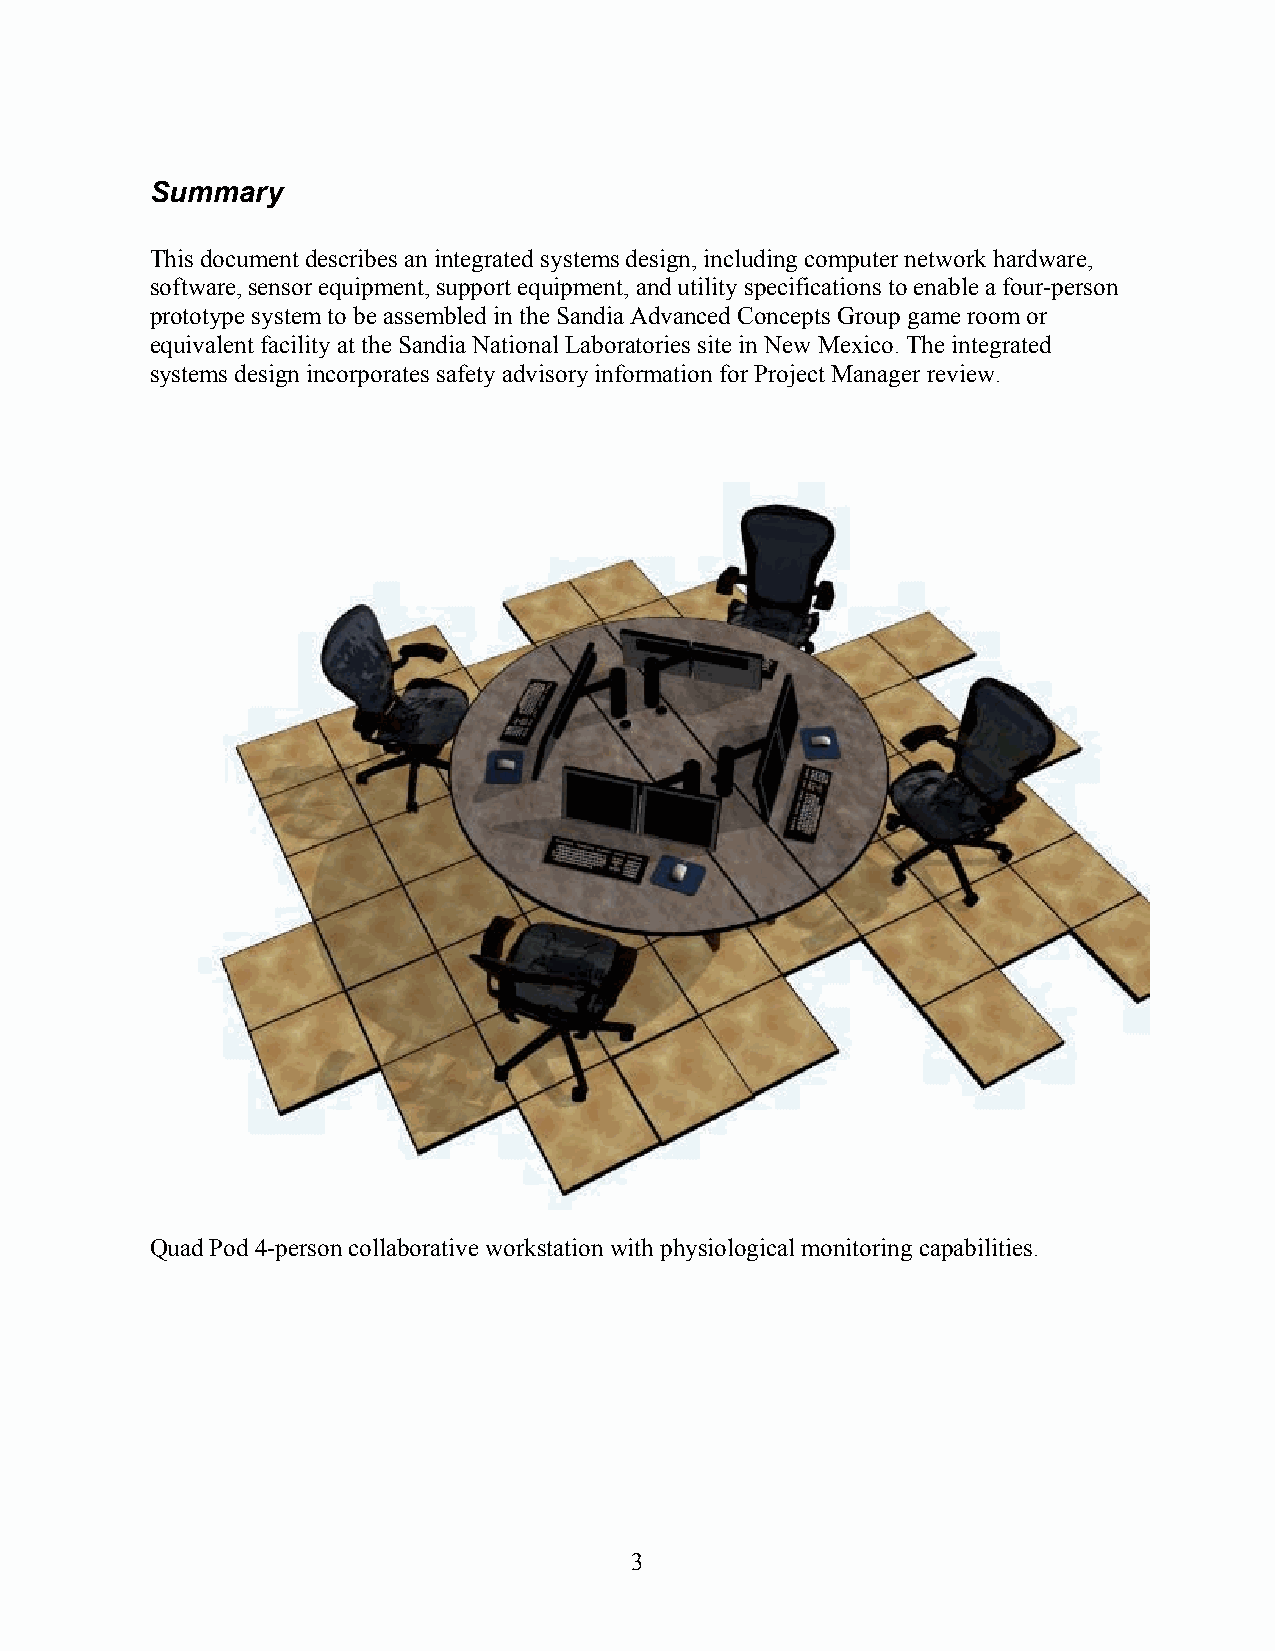
Summary
 This document describes an integrated systems design, including computer network hardware,
 software, sensor equipment, support equipment, and utility specifications to enable a four-person
 prototype system to be assembled in the Sandia Advanced Concepts Group game room or
 equivalent facility at the Sandia National Laboratories site in New Mexico. The integrated
 systems design incorporates safety advisory information for Project Manager review.
 Quad Pod 4-person collaborative workstation with physiological monitoring capabilities.
 3